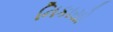
નિકાસો